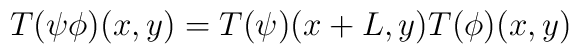
T(\psi\phi)(x,y) = T(\psi)(x+L,y)T(\phi)(x,y)